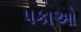
પકાઓ